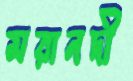
মরানদী